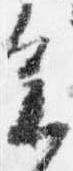
参